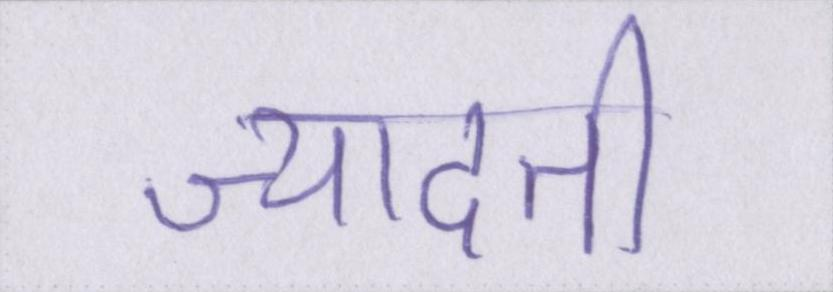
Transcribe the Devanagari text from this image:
ज्यादती